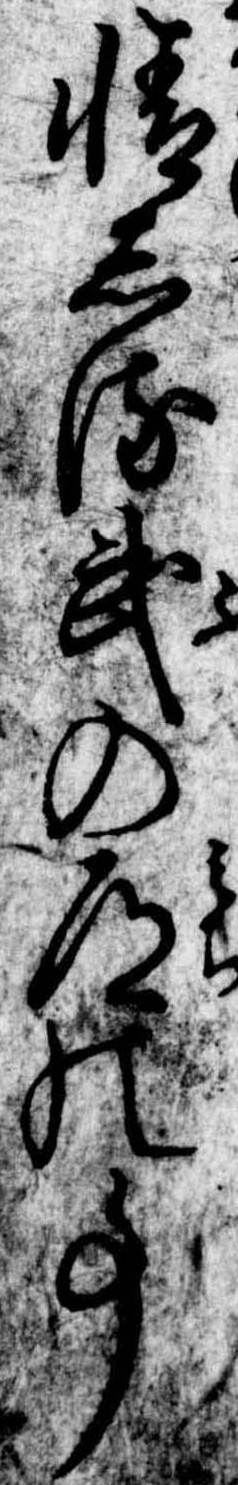
情しる武の道の事